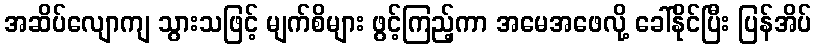
အဆိပ်လျောကျ သွားသဖြင့် မျက်စိများ ဖွင့်ကြည့်ကာ အမေအဖေလို့ ခေါ်နိုင်ပြီး ပြန်အိပ်